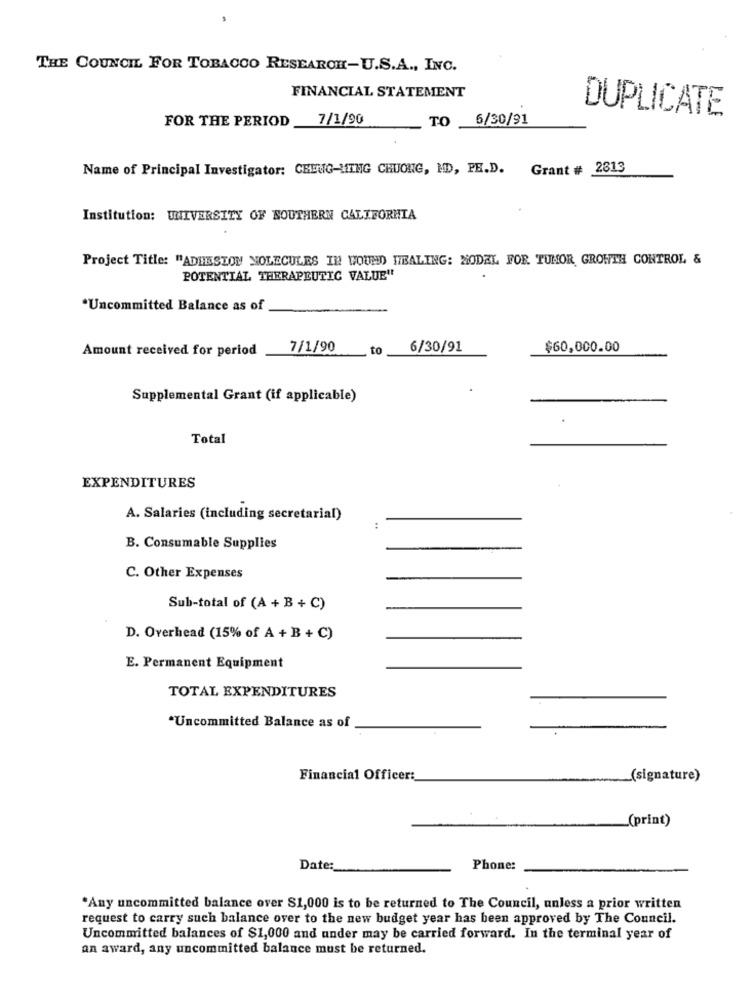
THE COUNCIL FOR TOBACCO RESEARCH-U.S.A ., INC.
FINANCIAL STATEMENT
DUPLICATE
FOR THE PERIOD
7/1/90
TO _6/30/91
Name of Principal Investigator: CHENG-MING CHUONG, MD, PH.D. Grant # 2813
Institution: UNIVERSITY OF SOUTHERN CALIFORNIA
Project Title: "ADHESION MOLECULES IN WOUND HEALING: MODEL FOR TUMOR GROWTH CONTROL &
POTENTIAL THERAPEUTIC VALUE"
*Uncommitted Balance as of
Amount received for period
7/1/90
to
6/30/91
$60,000.00
Supplemental Grant (if applicable)
Total
EXPENDITURES
A. Salaries (including secretarial)
:
B. Consumable Supplies
C. Other Expenses
Sub-total of (A + B+ C)
D. Overhead (15% of A + B + C)
E. Permanent Equipment
TOTAL EXPENDITURES
*Uncommitted Balance as of
Financial Officer:
(signature)
(print)
Date:
Phone:
"Any uncommitted balance over $1,000 is to be returned to The Council, unless a prior written
request to carry such balance over to the new budget year has been approved by The Council.
Uncommitted balances of $1,000 and under may be carried forward. In the terminal year of
an award, any uncommitted balance must be returned.